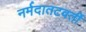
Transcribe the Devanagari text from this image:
नर्मदातटवर्ती